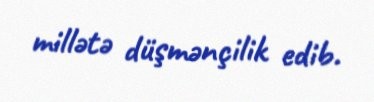
millətə düşmənçilik edib.